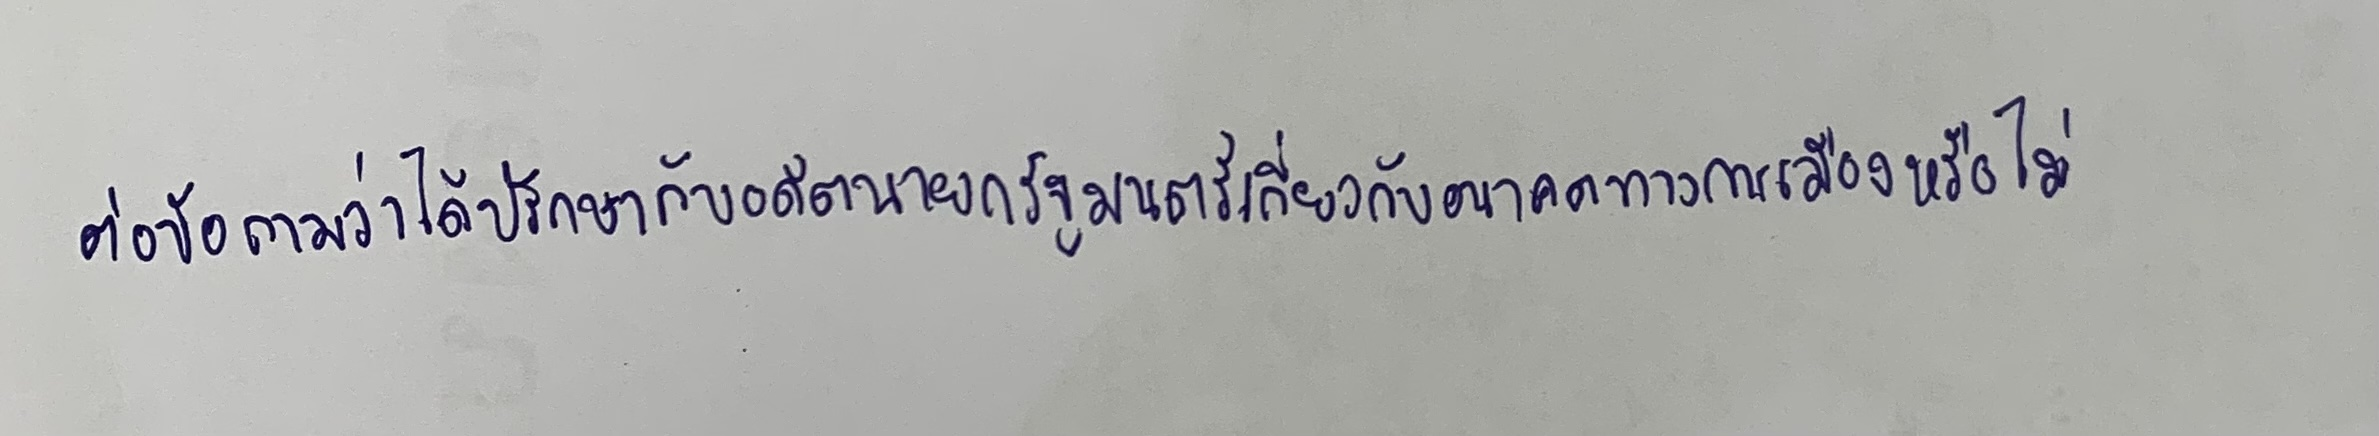
ต่อข้อถามว่าได้ปรึกษากับอดีตนายกรัฐมนตรีเกี่ยวกับอนาคตทางการเมืองหรือไม่